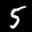
Label: 5